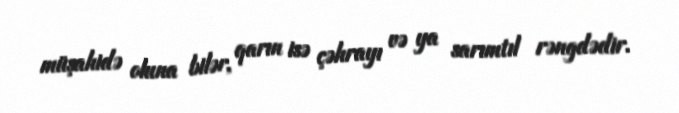
müşahidə oluna bilər, qarın isə çəhrayı və ya sarımtıl rəngdədir.